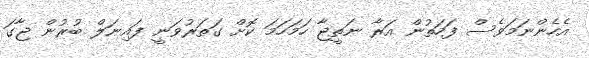
އެހެންނަމަވެސް ފަހަތުން އަރާ ނަތީޖާ ހަމަހަމަ ކޮށް ގަތަރުވަނީ ފައިނަލް ބުރުން ޖާގަ